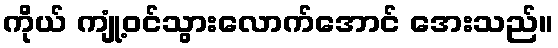
ကိုယ် ကျုံ့ဝင်သွားလောက်အောင် အေးသည်။